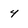
Character: 4